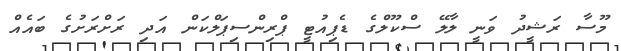
މޫސާ ރަޝީދު ވަނީ ލާލޭ ސްކޫލްގެ ޑެޕިއުޓީ ޕްރިންސިޕަލްކަން އަދި ރަށްރަށުގެ ބައެއް